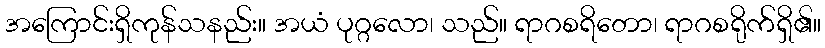
အကြောင်းရှိကုန်သနည်း။ အယံ ပုဂ္ဂလော၊ သည်။ ရာဂစရိတော၊ ရာဂစရိုက်ရှိ၏။